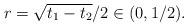
LaTeX: \begin{align*}r=\sqrt{t_1-t_2}/2\in (0,1/2).\end{align*}